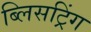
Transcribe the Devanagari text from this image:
ब्लिसट्रिंग